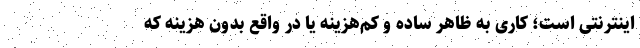
اینترنتی است؛ کاری به ظاهر ساده و کم‌هزینه یا در واقع بدون هزینه که